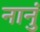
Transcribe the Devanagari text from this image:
नानुं